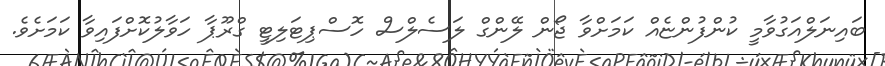
ބައިނަލްއަގުވާމީ ކުންފުންޏެއް ކަމަށްވާ ޖޯން ލޭންގް ލަސެލްސް ހޮސްޕިޓަލިޓީ ގްރޫޕާ ހަވާލުކޮށްފައިވާ ކަމަށެވެ.